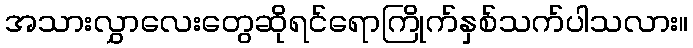
အသားလွှာလေးတွေဆိုရင်ရောကြိုက်နှစ်သက်ပါသလား။